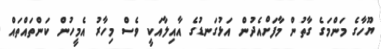
ޔޫހާގެ މަންމަގެ ގާތުން މާފަށްއެދުން އަޅުގަނޑުގެ އާއިލާއަކީ ވެސް މިހާރު އެމީހުން ކަންތައްތައް